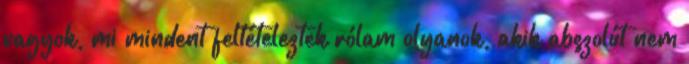
vagyok, mi mindent feltételeztek rólam olyanok, akik abszolút nem